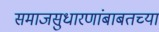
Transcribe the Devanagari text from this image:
समाजसुधारणांबाबतच्या